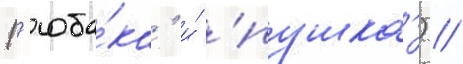
('соба́ка' и́ 'пушка') //